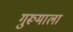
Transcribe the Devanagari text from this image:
गुरूमाला